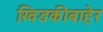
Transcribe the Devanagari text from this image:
खिडकीबाहेर